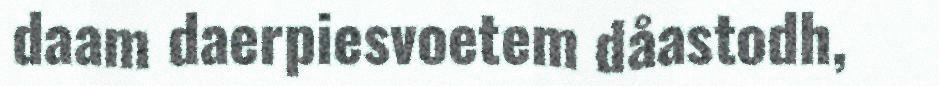
daam daerpiesvoetem dåastodh,